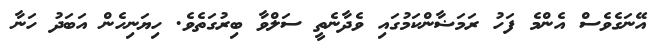
އޭނަގެވެސް އެންމެ ފަހު ރަމަޟާންކަމުގައި ވެދާނެތީ ސަލްވާ ބިރުގަތެވެ. ހިޔަނިހެން އަބަދު ހަނާ